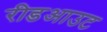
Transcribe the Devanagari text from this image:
रीडआउट